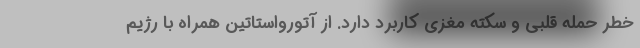
خطر حمله قلبی و سکته مغزی کاربرد دارد. از آتورواستاتین همراه با رژیم